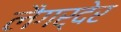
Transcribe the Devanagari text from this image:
लैगर्देर